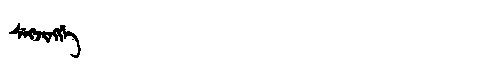
Manchu: ᠰᡝᡴᠵᡳᠩᡤᡝ
Romanization: SEKJINGGE